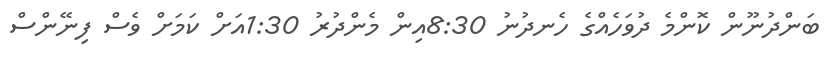
ބަންދުނޫން ކޮންމެ ދުވަހެއްގެ ހެނދުނު 8:30އިން މެންދުރު 1:30އަށް ކަމަށް ވެސް ފިނޭންސް